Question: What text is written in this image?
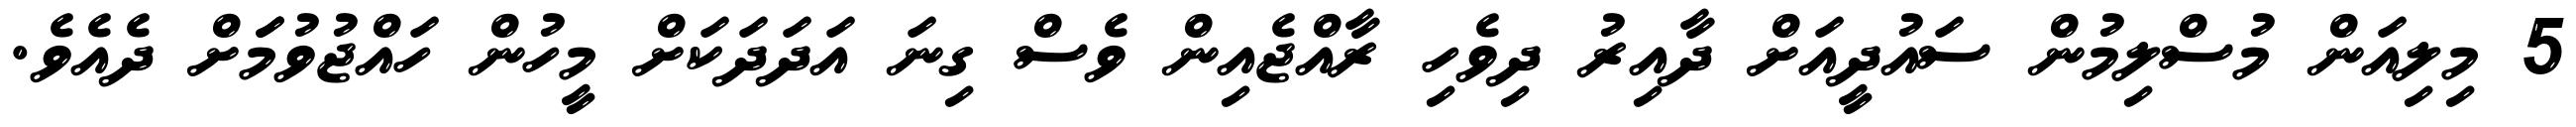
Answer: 5 މިލިއަން މުސްލިމުން ސައުދީއަށް ދާއިރު ދިވެހި ރާއްޖެއިން ވެސް ގިނަ އަދަދަކަށް މީހުން ހައްޖުވުމަަށް ދެއެވެ.